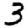
Digit: 3